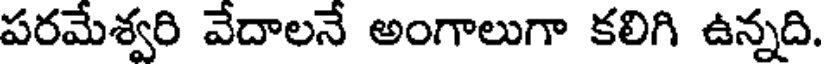
పరమేశ్వరి వేదాలనే అంగాలుగా కలిగి ఉన్నది.